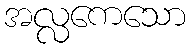
အလ္လကေသော